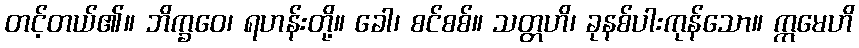
တင့်တယ်၏။ ဘိက္ခဝေ၊ ရဟန်းတို့။ ခေါ၊ စင်စစ်။ သတ္တဟိ၊ ခုနစ်ပါးကုန်သော။ ဣမေဟိ